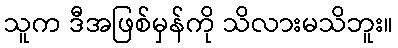
သူက ဒီအဖြစ်မှန်ကို သိလားမသိဘူး။